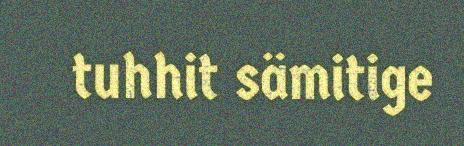
tuhhit sämitige